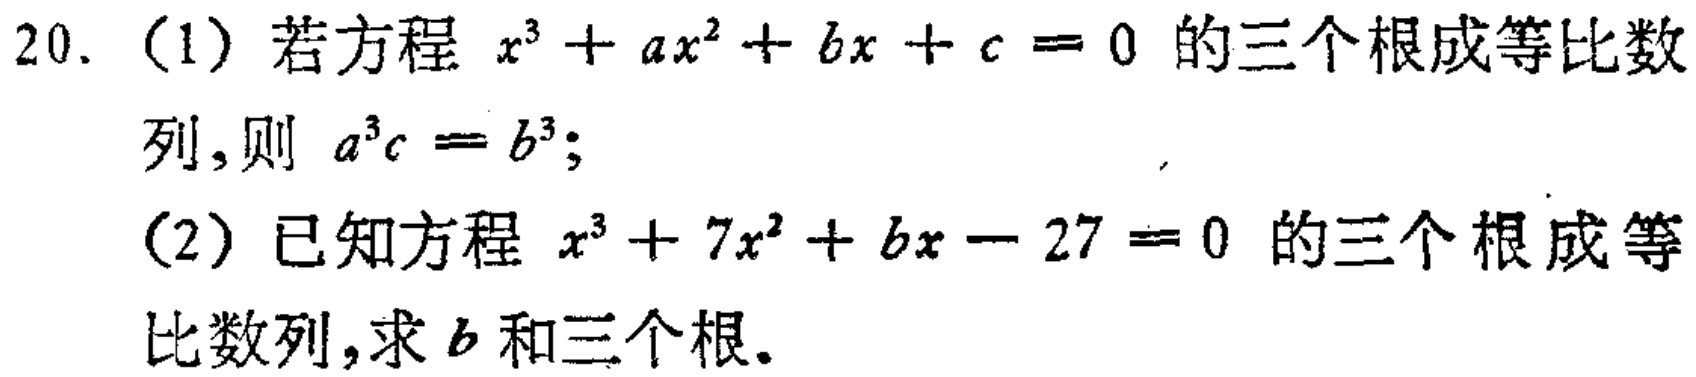
20. （1）若方程 \(x^{3}+ax^{2}+bx + c = 0\) 的三个根成等比数列，则 \(a^{3}c = b^{3}\)；
（2）已知方程 \(x^{3}+7x^{2}+bx - 27 = 0\) 的三个根成等比数列，求 \(b\) 和三个根。